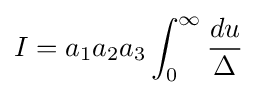
I=a_{1}a_{2}a_{3}\int _{0}^{\infty }{\frac {du}{\Delta }}